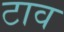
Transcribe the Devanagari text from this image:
टाव